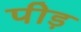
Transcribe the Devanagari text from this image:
पीड़